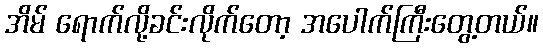
အိမ် ရောက်လို့ခင်းလိုက်တော့ အပေါက်ကြီးတွေ့တယ်။